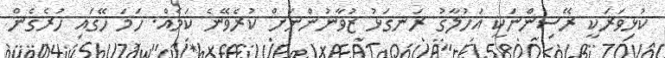
ކުޅިވަރަކީ ރޭސިންނަކީ އަހުލާގު ރަނގަޅު ޒުވާނުންނަށް ކުރެވޭނެ ކަމެއް. ހަމަ ހޭގައި ހުރެގެން